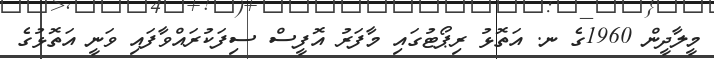
މީލާދީން 1960ގެ ނ. އަތޮޅު ރިޕޯޓުގައި މާފަރު އޮފީސް ސިފަކުރައްވާފައި ވަނީ އަތޮޅުގެ